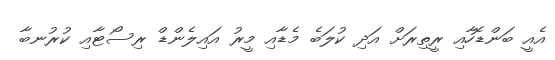
އެއީ ބަންޑޮހާއި ރީތިރަށް އަދި ކުލަބެ މެޑާއި މީރު އައިލެންޑް ރިސޯޓާއި ކުރުނބާ